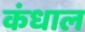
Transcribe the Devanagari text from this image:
कंधाल